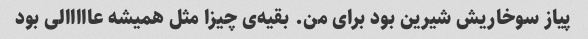
پیاز سوخاریش شیرین بود برای من. بقیه‌ی چیزا مثل همیشه عااااالی بود